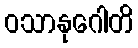
ဝသာနုဂေါတိ